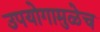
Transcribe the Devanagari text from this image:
उपयोगामुळेच